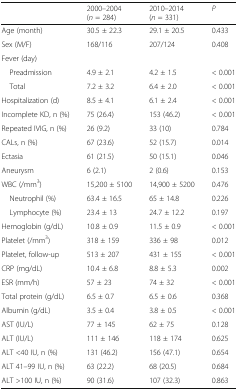
<table><thead><tr><td></td><td><b>2000–2004 (<i>n</i> = 284)</b></td><td><b>2010–2014 (<i>n</i> = 331)</b></td><td><b><i>P</i></b></td></tr></thead><tbody><tr><td>Age (month)</td><td>30.5 ± 22.3</td><td>29.1 ± 20.5</td><td>0.433</td></tr><tr><td>Sex (M/F)</td><td>168/116</td><td>207/124</td><td>0.408</td></tr><tr><td colspan="4">Fever (day)</td></tr><tr><td> Preadmission</td><td>4.9 ± 2.1</td><td>4.2 ± 1.5</td><td>&lt; 0.001</td></tr><tr><td> Total</td><td>7.2 ± 3.2</td><td>6.4 ± 2.0</td><td>&lt; 0.001</td></tr><tr><td>Hospitalization (d)</td><td>8.5 ± 4.1</td><td>6.1 ± 2.4</td><td>&lt; 0.001</td></tr><tr><td>Incomplete KD, n (%)</td><td>75 (26.4)</td><td>153 (46.2)</td><td>&lt; 0.001</td></tr><tr><td>Repeated IVIG, n (%)</td><td>26 (9.2)</td><td>33 (10)</td><td>0.784</td></tr><tr><td>CALs, n (%)</td><td>67 (23.6)</td><td>52 (15.7)</td><td>0.014</td></tr><tr><td>Ectasia</td><td>61 (21.5)</td><td>50 (15.1)</td><td>0.046</td></tr><tr><td>Aneurysm</td><td>6 (2.1)</td><td>2 (0.6)</td><td>0.153</td></tr><tr><td>WBC (/mm<sup>3</sup>)</td><td>15,200 ± 5100</td><td>14,900 ± 5200</td><td>0.476</td></tr><tr><td> Neutrophil (%)</td><td>63.4 ± 16.5</td><td>65 ± 14.8</td><td>0.226</td></tr><tr><td> Lymphocyte (%)</td><td>23.4 ± 13</td><td>24.7 ± 12.2</td><td>0.197</td></tr><tr><td>Hemoglobin (g/dL)</td><td>10.8 ± 0.9</td><td>11.5 ± 0.9</td><td>&lt; 0.001</td></tr><tr><td>Platelet (/mm<sup>3</sup>)</td><td>318 ± 159</td><td>336 ± 98</td><td>0.012</td></tr><tr><td>Platelet, follow-up</td><td>513 ± 207</td><td>431 ± 155</td><td>&lt; 0.001</td></tr><tr><td>CRP (mg/dL)</td><td>10.4 ± 6.8</td><td>8.8 ± 5.3</td><td>0.002</td></tr><tr><td>ESR (mm/h)</td><td>57 ± 23</td><td>74 ± 32</td><td>&lt; 0.001</td></tr><tr><td>Total protein (g/dL)</td><td>6.5 ± 0.7</td><td>6.5 ± 0.6</td><td>0.368</td></tr><tr><td>Albumin (g/dL)</td><td>3.5 ± 0.4</td><td>3.8 ± 0.5</td><td>&lt; 0.001</td></tr><tr><td>AST (IU/L)</td><td>77 ± 145</td><td>62 ± 75</td><td>0.128</td></tr><tr><td>ALT (IU/L)</td><td>111 ± 146</td><td>118 ± 174</td><td>0.625</td></tr><tr><td>ALT &lt;40 IU, n (%)</td><td>131 (46.2)</td><td>156 (47.1)</td><td>0.654</td></tr><tr><td>ALT 41–99 IU, n (%)</td><td>63 (22.2)</td><td>68 (20.5)</td><td>0.684</td></tr><tr><td>ALT &gt;100 IU, n (%)</td><td>90 (31.6)</td><td>107 (32.3)</td><td>0.863</td></tr></tbody></table>